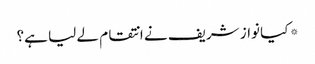
* کیا نواز شریف نے انتقام لے لیا ہے؟